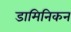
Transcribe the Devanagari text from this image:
डामिनिकन